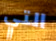
التي